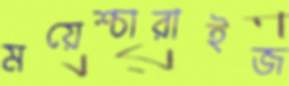
ময়েশ্চারাইজ